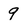
Character: 9